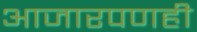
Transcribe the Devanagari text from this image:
आजारपणही